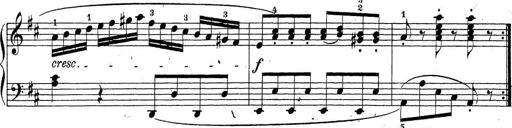
Title: Sonatina Album
Composer: Louis KÃ¶hler